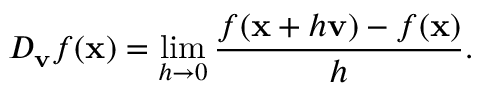
D _ { \mathbf { v } } { f } ( \mathbf { x } ) = \operatorname* { l i m } _ { h \rightarrow 0 } { \frac { f ( \mathbf { x } + h \mathbf { v } ) - f ( \mathbf { x } ) } { h } } .